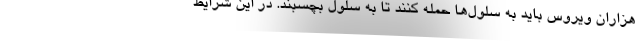
هزاران ویروس باید به سلول‌ها حمله کنند تا به سلول بچسبند. در این شرایط